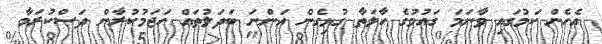
އެހެން ކަމުގައި ވާނަމަ ގައުމުގެ ހާލަތާ ގުޅިގެން އަންނަ ބަދަލުތައް ހަޖަމުކުރާން ދަސްކުރަމާ